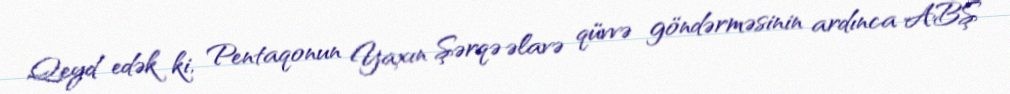
Qeyd edək ki, Pentaqonun Yaxın Şərqə əlavə qüvvə göndərməsinin ardınca ABŞ